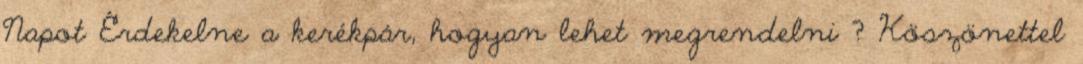
Napot Érdekelne a kerékpár, hogyan lehet megrendelni ? Köszönettel